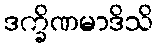
ဒက္ခိဏမာဒိသိ